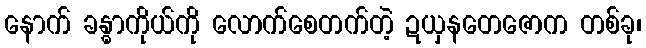
နောက် ခန္ဓာကိုယ်ကို လောက်စေတက်တဲ့ ဍယှနတေဇောက တစ်ခု၊